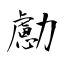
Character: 勴